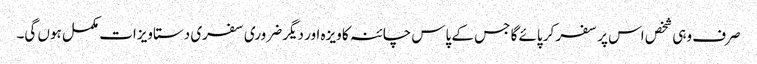
صرف وہی شخص اس پر سفر کر پائے گا جس کے پاس چائنہ کا ویزہ اور دیگر ضروری سفری دستاویزات مکمل ہوں گی۔